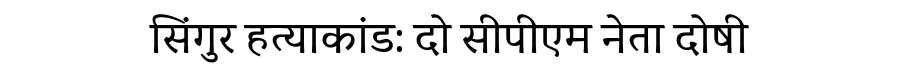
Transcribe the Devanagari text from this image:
सिंगुर हत्याकांड: दो सीपीएम नेता दोषी